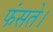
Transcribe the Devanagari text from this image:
फंसते।